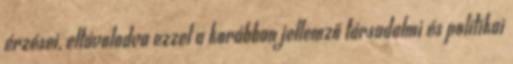
érzései, eltávolodva ezzel a korábban jellemző társadalmi és politikai